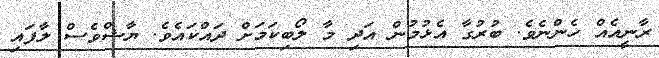
ރާނީއެއް ހެންނެވެ. ބުރުގާ އެޅުމުން އަދި މާ ލޯބިކަމަށް ދައްކައެވެ. ޔާޝްވެސް ލާފައި